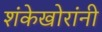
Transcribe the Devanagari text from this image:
शंकेखोरांनी